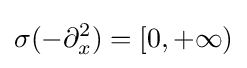
\sigma (-\partial _{x}^{2})=[0,+\infty )